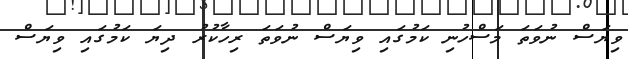
ވިޔަސް ނުވަތަ މަސްހުނި ކަމުގައި ވިޔަސް ނުވަތަ ރިހާކުރު ދިޔަ ކަމުގައި ވިޔަސް